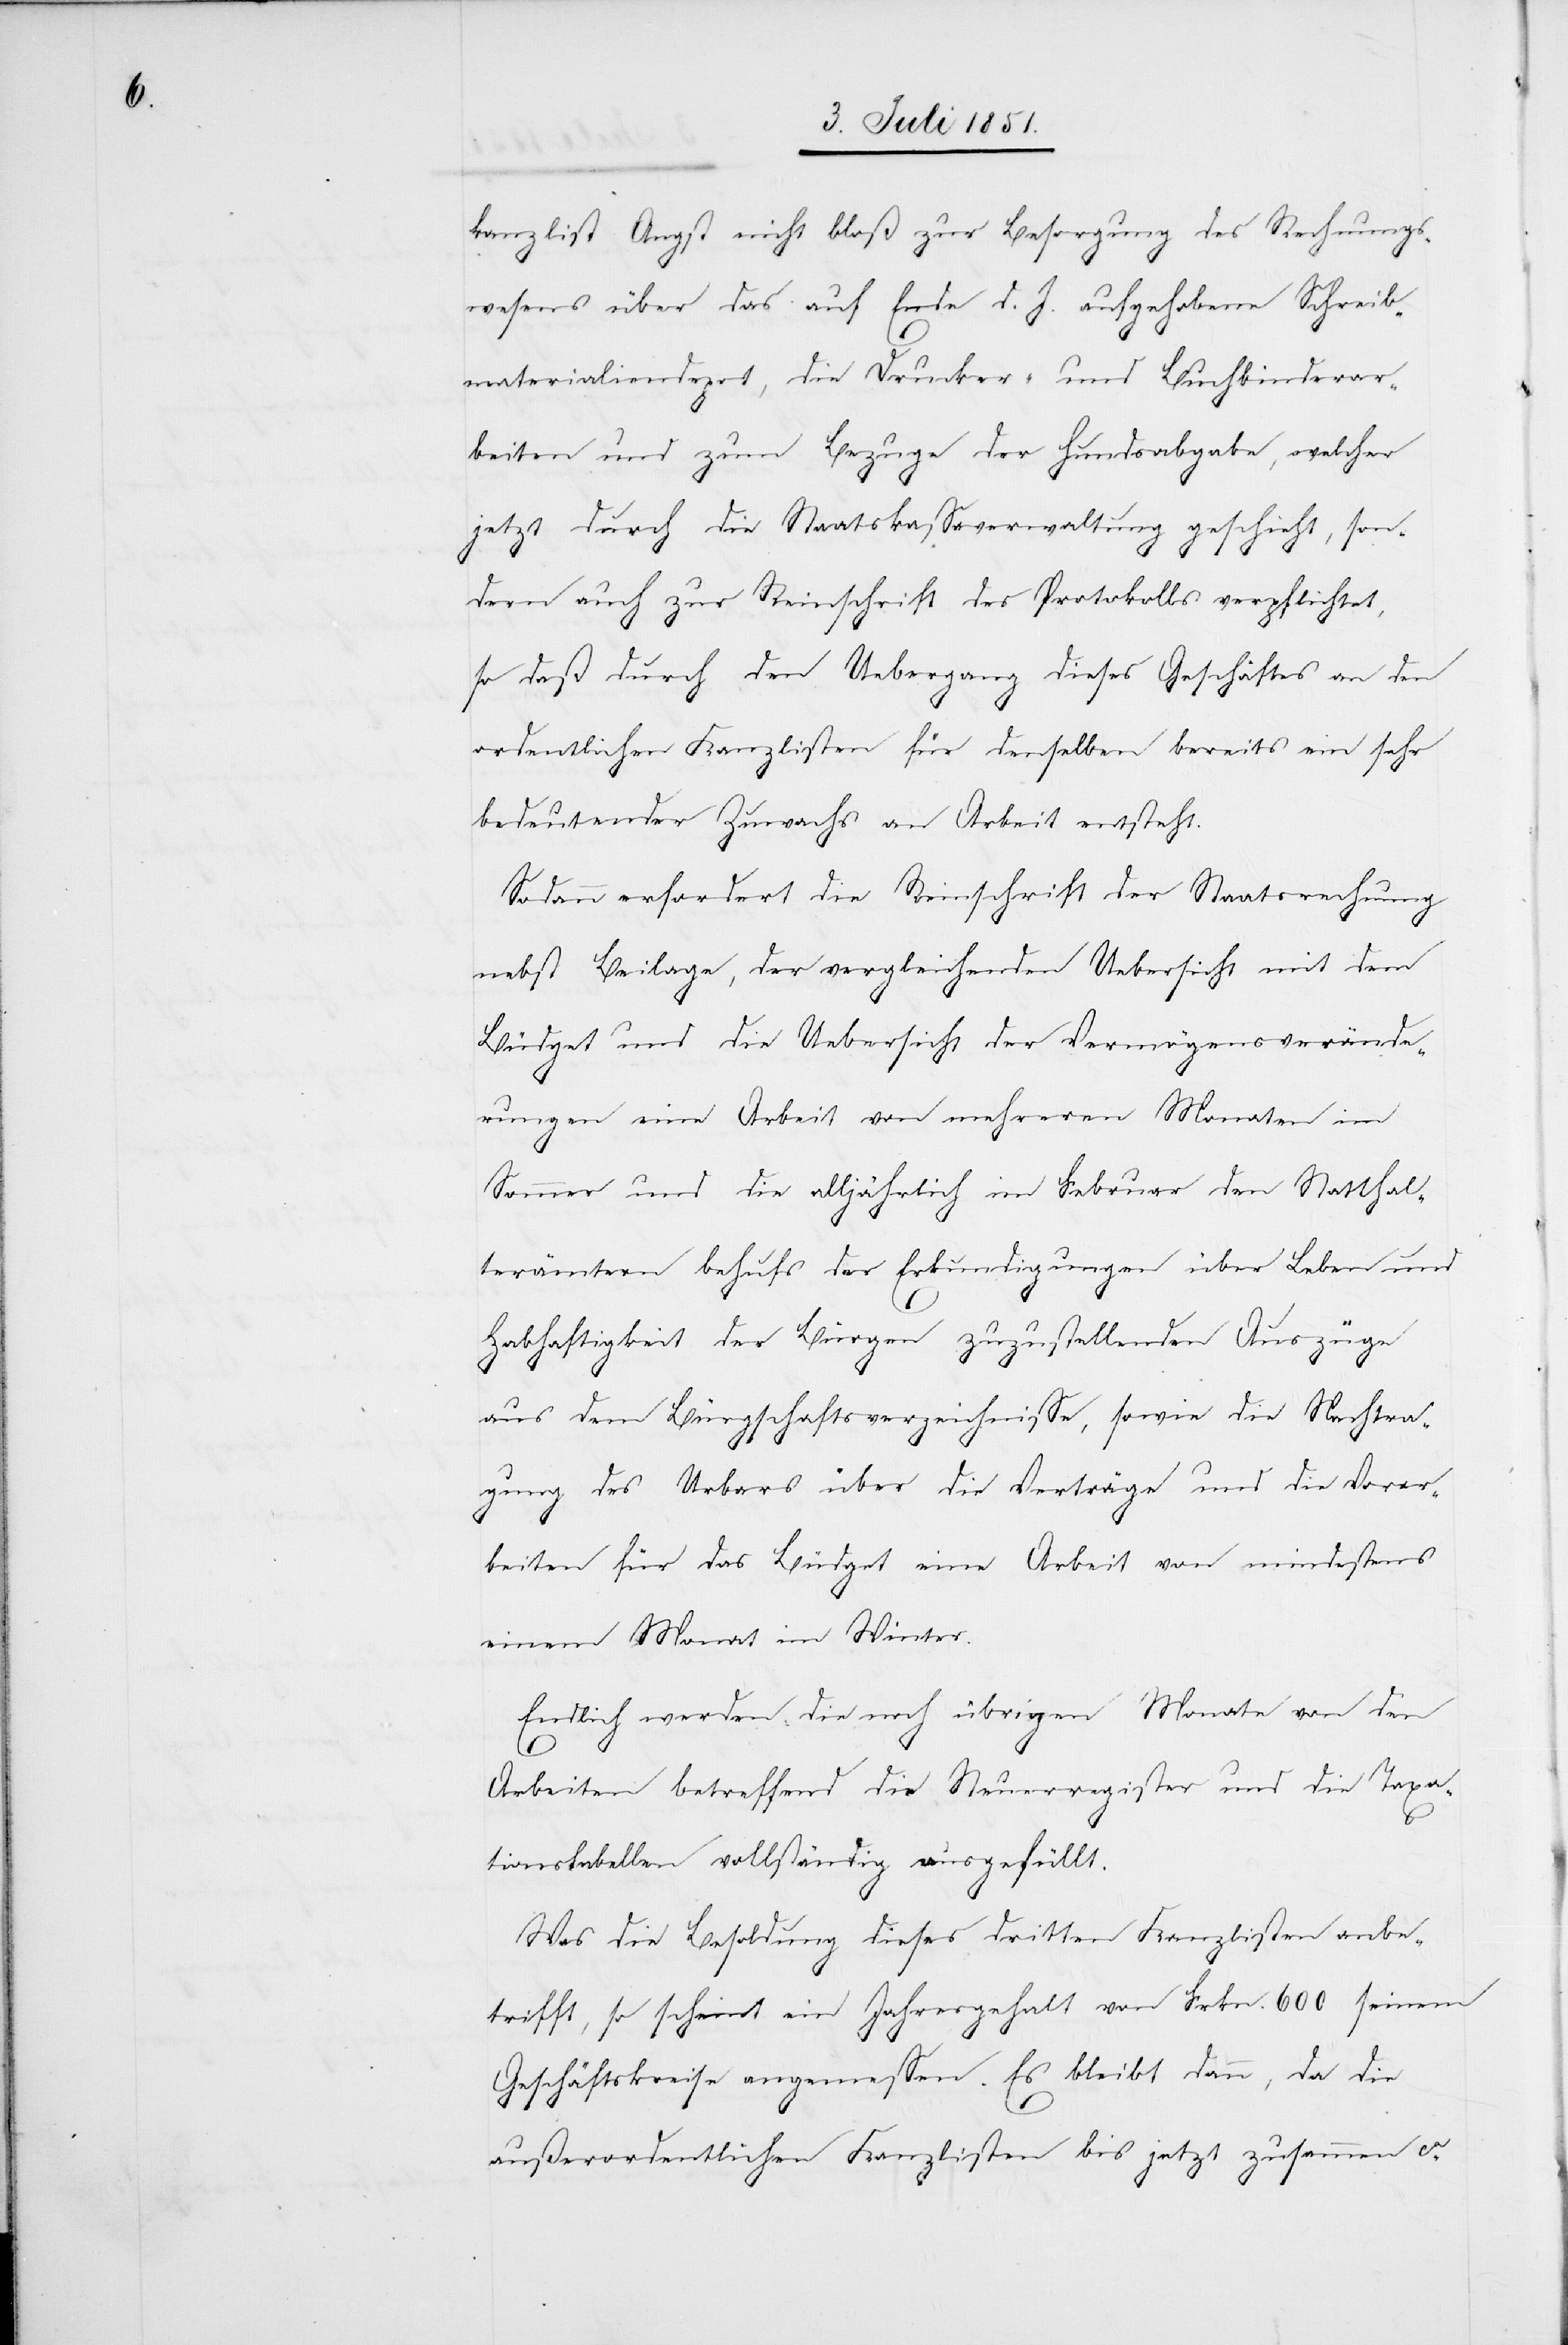
kanzlist Angst nicht bloß zur Besorgung des Rechnungs¬
wesens über das auf Ende d. J. aufgehobene Schreib¬
materialiendepot, die Drucker- und Buchbinderar¬
beiten und zum Bezuge der Hundsabgabe, welcher
jetzt durch die Staatskassaverwaltung geschieht, son¬
dern auch zur Reinschrift des Protokolls verpflichtet,
so daß durch den Uebergang dieses Geschäftes an den
ordentlichen Kanzlisten für denselben bereits ein sehr
bedeutender Zuwachs an Arbeit entsteht.
Sodann erfordert die Reinschrift der Staatsrechnung
nebst Beilage, der vergleichenden Uebersicht mit dem
Büdget und die Uebersicht der Vermögensverände¬
rungen eine Arbeit von mehreren Monaten im
Sommer und die alljährlich im Februar den Statthal¬
terämtern behufs der Erkundigungen über Leben und
Habhaftigkeit der Bürgen zuzustellenden Auszüge
aus dem Bürgschaftsverzeichnisse, sowie die Nachtra¬
gung des Urbars über die Verträge und die Vorar¬
beiten für das Büdget eine Arbeit von mindestens
einem Monat im Winter.
Endlich werden die noch übrigen Monate von den
Arbeiten betreffend die Steuerregister und die Taxa¬
tionstabellen vollständig ausgefüllt.
Was die Besoldung dieses dritten Kanzlisten anbe¬
trifft, so scheint ein Jahresgehalt von Frkn. 600 seinem
Geschäftskreise angemessen. Es bleibt dann, da die
außerordentlichen Kanzlisten bis jetzt zusammen ca.